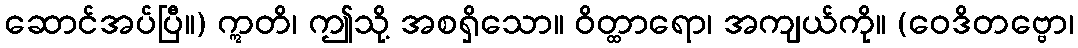
ဆောင်အပ်ပြီ။) ဣတိ၊ ဤသို့ အစရှိသော။ ဝိတ္ထာရော၊ အကျယ်ကို။ (ဝေဒိတဗ္ဗော၊